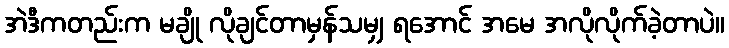
အဲဒီကတည်းက မချို လိုချင်တာမှန်သမျှ ရအောင် အမေ အလိုလိုက်ခဲ့တာပဲ။